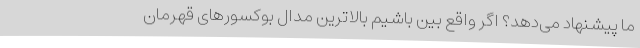
ما پیشنهاد می‌دهد؟ اگر واقع بین باشیم بالاترین مدال بوکسورهای قهرمان